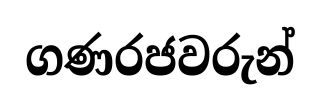
ගණරජවරුන්